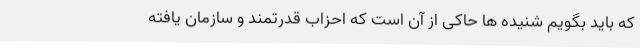
که باید بگویم شنیده ها حاکی از آن است که احزاب قدرتمند و سازمان یافته